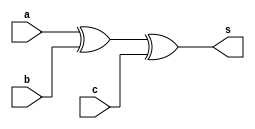
`timescale 1ns / 1ps
//////////////////////////////////////////////////////////////////////////////////
// Company: 
// Engineer: 
// 
// Design Name: 
// Module Name: ADD1
// Project Name: 
// Target Devices: 
// Tool Versions: 
// Description: 
// 
// Dependencies: 
// 
// Revision:
// Revision 0.01 - File Created
// Additional Comments:
// 
//////////////////////////////////////////////////////////////////////////////////


module ADD1(
		input a,
		input b,
		input c,
		output s
    );
    assign s = a ^ b ^ c;
    
endmodule